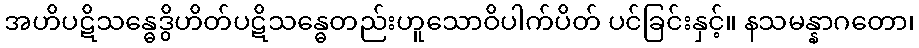
အဟိပဋိသန္ဓေဒွိဟိတ်ပဋိသန္ဓေတည်းဟူသောဝိပါက်ပိတ် ပင်ခြင်းနှင့်။ နသမန္နာဂတော၊